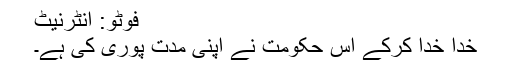
فوٹو: انٹرنیٹ
خدا خدا کرکے اس حکومت نے اپنی مدت پوری کی ہے۔